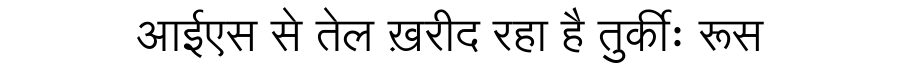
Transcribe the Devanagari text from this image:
आईएस से तेल ख़रीद रहा है तुर्कीः रूस